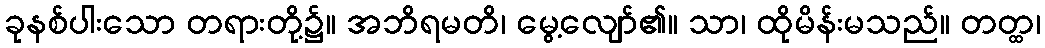
ခုနစ်ပါးသော တရားတို့၌။ အဘိရမတိ၊ မွေ့လျော်၏။ သာ၊ ထိုမိန်းမသည်။ တတ္ထ၊